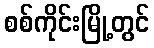
စစ်ကိုင်းမြို့တွင်